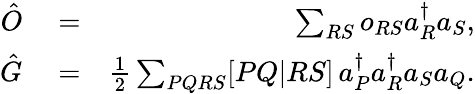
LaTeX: \begin{array}{rlr}{\hat{O}}&{{}=}&{\sum_{RS}o_{RS}a_{R}^{\dagger}a_{S},}\\ {\hat{G}}&{{}=}&{\frac{1}{2}\sum_{PQRS}[PQ|RS]\, a_{P}^{\dagger}a_{R}^{\dagger}a_{S}a_{Q}.}\end{array}